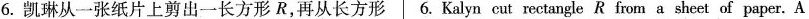
6.凯琳从一张纸片上剪出一长方形 R,再从长方形 6. Kalyn cut rectangle R from a sheet of paper. A